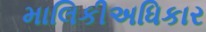
માલિકીઅધિકાર